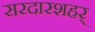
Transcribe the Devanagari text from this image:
सरदारशहर्